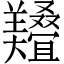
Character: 𱻔